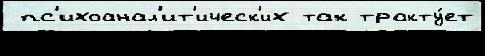
 пс'ихоанал'ит'ическ'их так тракту́ет